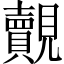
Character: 覿